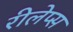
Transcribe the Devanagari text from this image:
रीलेप्स